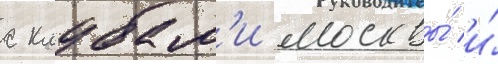
с клубам'и москвы́ и́